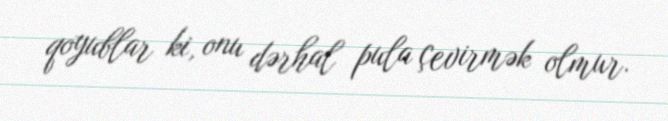
qoyublar ki, onu dərhal pula çevirmək olmur.